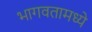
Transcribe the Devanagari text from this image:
भागवतामध्ये